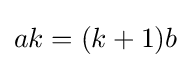
ak=(k+1)b